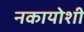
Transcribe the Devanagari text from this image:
नकायोशी